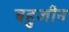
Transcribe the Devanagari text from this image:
बहुजीन